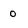
Character: 0